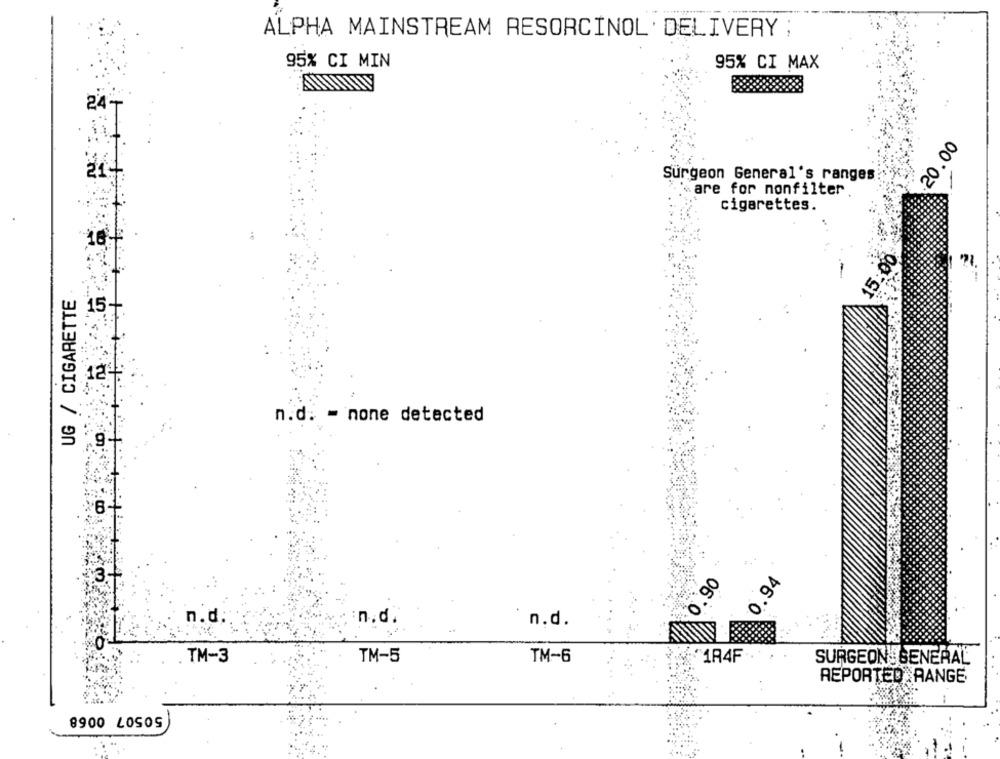
ALPHA MAINSTREAM RESORCINOL' DELIVERY ;
95% CI MIN
95% CI MAX
24-
20.00
21
Surgeon General's ranges
are for nonfilter
cigarettes.
15
UG / CIGARETTE
15
12
n.d. - none detected
'8
0.94
0.90
n.d.
n.d.
n.d.
TM-3
TM-5
TM-6
"1R4F
SURGEON GENERAL
REPORTED AANGE
8900 LOSOS